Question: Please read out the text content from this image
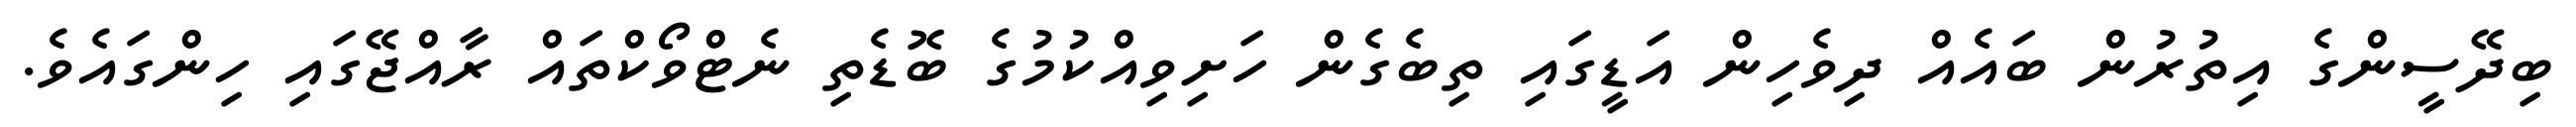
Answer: ބިދޭސީންގެ އިތުރުން ބައެއް ދިވެހިން އަޑީގައި ތިބެގެން ހަށިވިއްކުމުގެ ބޮޑެތި ނެޓްވޯކްތައް ރާއްޖޭގައި ހިންގައެވެ.